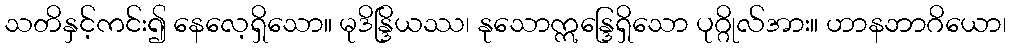
သတိနှင့်ကင်း၍ နေလေ့ရှိသော။ မုဒိန္ဒြိယဿ၊ နုသောဣန္ဒြေရှိသော ပုဂ္ဂိုလ်အား။ ဟာနဘာဂိယော၊